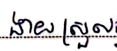
ងាយស្រួល